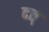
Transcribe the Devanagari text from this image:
दत्त्